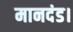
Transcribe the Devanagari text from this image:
मानदंड।